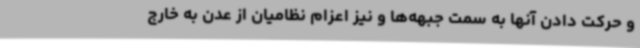
و حرکت دادن آنها به سمت جبهه‌ها و نیز اعزام نظامیان از عدن به خارج